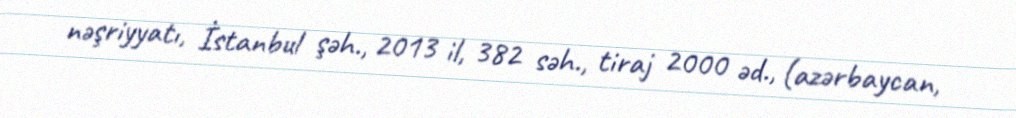
nəşriyyatı, İstanbul şəh., 2013 il, 382 səh., tiraj 2000 əd., (azərbaycan,